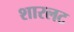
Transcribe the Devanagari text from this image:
शारलट